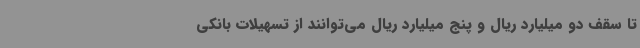
تا سقف دو میلیارد ریال و پنج میلیارد ریال می‌توانند از تسهیلات بانکی